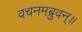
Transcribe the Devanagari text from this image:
वचनमब्रुवन्॥